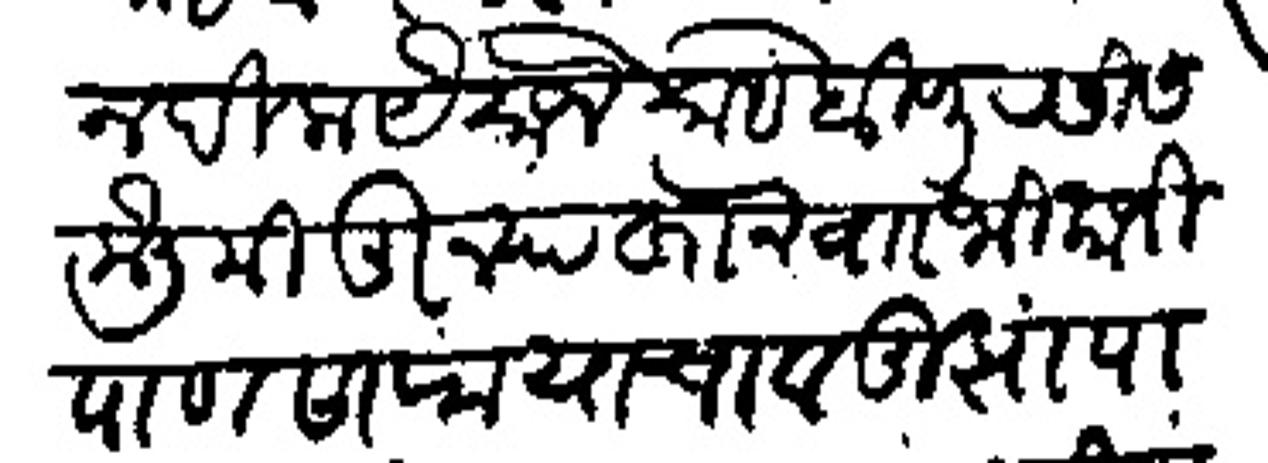
Transliteration (Devanagari): लेहून दिल्हा यैसाजे साहेबी पुरसीस केली तुन्यारखान वा भिकाजी पाणसारा याचा व तुझा पाणसरकीचा